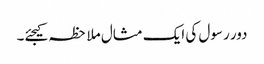
دور رسول کی ایک مثال ملاحظہ کیجئے۔